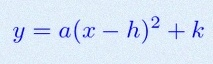
y=a(x-h)^2+k